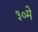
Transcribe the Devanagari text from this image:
३०मे